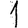
Digit: 1